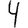
Digit: 4